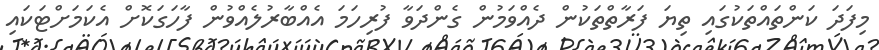
މިފަދަ ކަންތައްތަކުގައި ތިޔަ ފަރާތްތަކުން ދެއްވަމުން ގެންދަވާ ފުރިހަމަ އެއްބާރުލެއްވުން ފާހަގަކޮށް އެކަމަށްޓަކައި